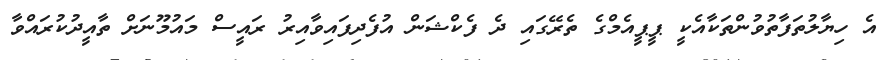
އެ ހިޔާލުތަފާތުވުންތަކާއެކީ ޕީޕީއެމްގެ ތެރޭގައި ދެ ފެކްޝަން އުފެދިފައިވާއިރު ރައީސް މައުމޫނަށް ތާއީދުކުރައްވާ